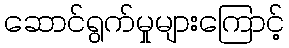
ဆောင်ရွက်မှုများကြောင့်